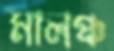
মালঞ্চ